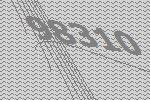
98310